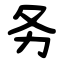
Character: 务